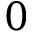
0